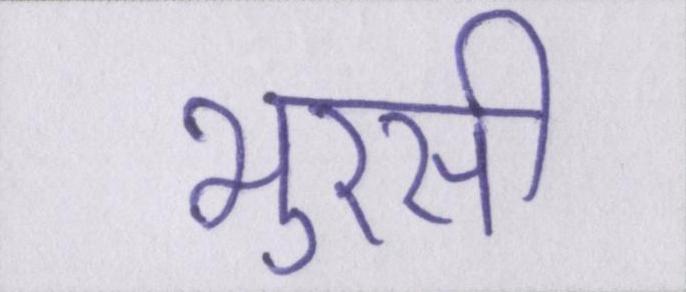
भुरसी